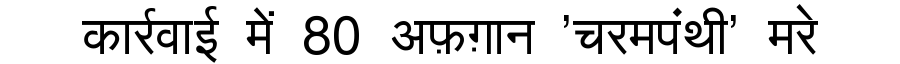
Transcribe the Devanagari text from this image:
कार्रवाई में 80 अफ़ग़ान 'चरमपंथी' मरे